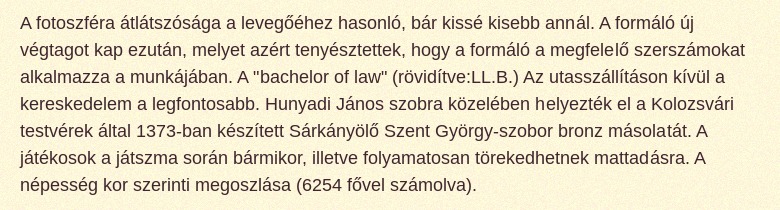
A fotoszféra átlátszósága a levegőéhez hasonló, bár kissé kisebb annál. A formáló új végtagot kap ezután, melyet azért tenyésztettek, hogy a formáló a megfelelő szerszámokat alkalmazza a munkájában. A "bachelor of law" (rövidítve:LL.B.) Az utasszállításon kívül a kereskedelem a legfontosabb. Hunyadi János szobra közelében helyezték el a Kolozsvári testvérek által 1373-ban készített Sárkányölő Szent György-szobor bronz másolatát. A játékosok a játszma során bármikor, illetve folyamatosan törekedhetnek mattadásra. A népesség kor szerinti megoszlása (6254 fővel számolva).